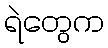
ရဲတွေက